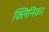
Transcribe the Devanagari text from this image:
क्लिनिक।